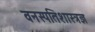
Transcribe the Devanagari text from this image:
वनस्पतिशास्त्रज्ञ